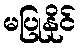
မပြုနိုင်